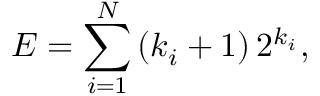
E = \sum _ { i = 1 } ^ { N } \, ( k _ { i } + 1 ) \, 2 ^ { k _ { i } } ,